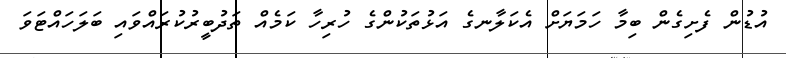
އުޑުން ފެށިގެން ބިމާ ހަމަޔަށް އެކަލާނގެ އަޅުތަކުންގެ ހުރިހާ ކަމެއް ތަދުބީރުކުރައްވައި ބަލަހައްޓަވަ